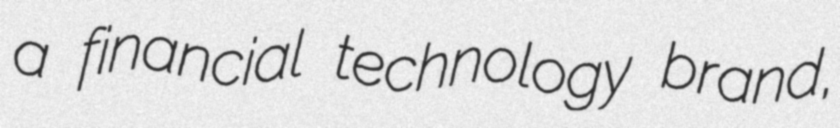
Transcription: a financial technology brand,